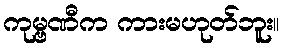
ကုမ္ဗဏီက ကားမဟုတ်ဘူး။